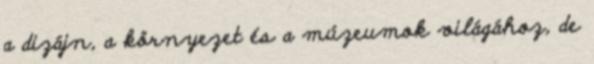
a dizájn, a környezet és a múzeumok világához, de